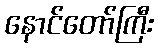
နောင်တော်ကြီး